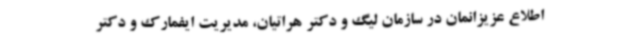
اطلاع عزیزانمان در سازمان لیگ و دکتر هراتیان، مدیریت ایفمارک و دکتر